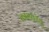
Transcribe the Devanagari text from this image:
कामक्रोधु